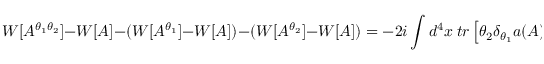
W [ A ^ { \theta _ { 1 } \theta _ { 2 } } ] - W [ A ] - ( W [ A ^ { \theta _ { 1 } } ] - W [ A ] ) - ( W [ A ^ { \theta _ { 2 } } ] - W [ A ] ) = - 2 i \int d ^ { 4 } x \ t r \left[ \theta _ { 2 } \delta _ { \theta _ { 1 } } a ( A ) \right]